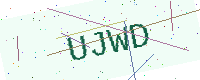
Text: UJWD